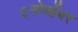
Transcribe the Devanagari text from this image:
६नोव्हेंबर